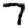
Digit: 7